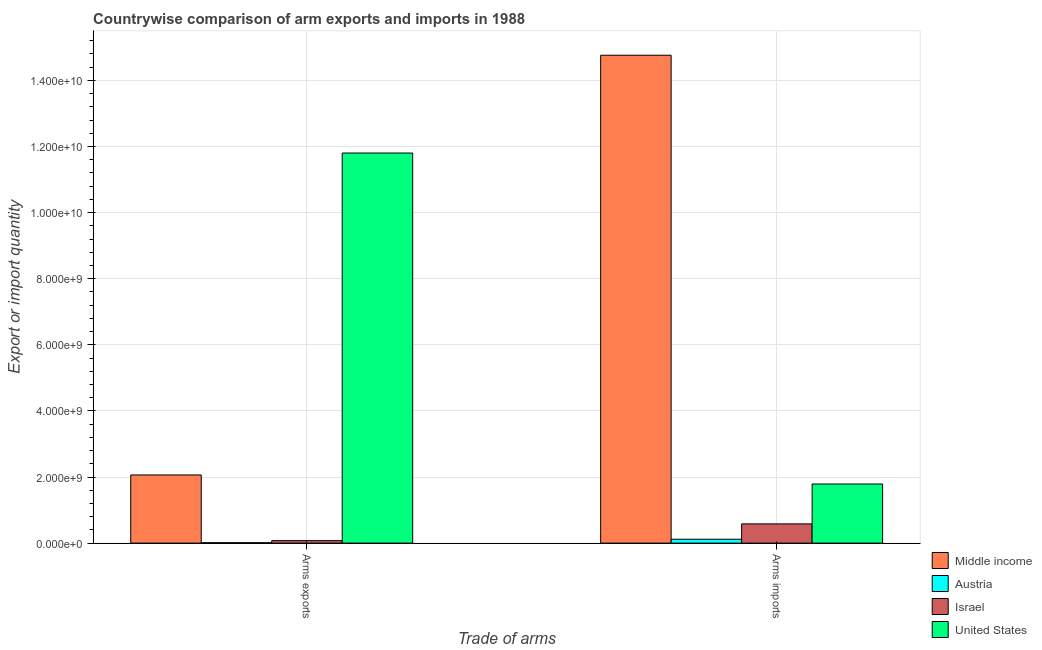
| Trade of arms | Middle income | Austria | Israel | United States |
 | --- | --- | --- | --- | --- |
 | Arms exports | 2.06e+09 | 1.2e+07 | 7.5e+07 | 1.18e+10 |
 | Arms imports | 1.48e+10 | 1.17e+08 | 5.82e+08 | 1.79e+09 |